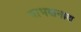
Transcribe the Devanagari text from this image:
बाभखनाथ